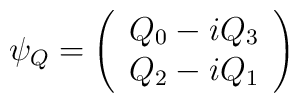
\psi_{Q}=\left(\begin{array}{c}Q_0 -iQ_{3}\\Q_{2}-iQ_{1}\end{array}\right)